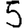
Digit: 5